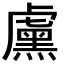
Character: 𬟱